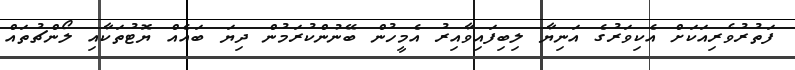
ފަތުރުވެރިއަކަށް އެކިވަރުގެ އަނިޔާ ލިބިފައިވާއިރު އެމީހުން ބޭނުންކުރަމުން ދިޔަ ބައެއް ޔޮޓުތަކާއި ލޯންޗުތައް